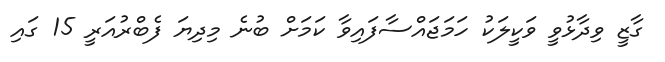
ގާޒީ ވިދާޅުވީ ވަކީލަކު ހަމަޖައްސާފައިވާ ކަމަށް ބުނެ މިދިޔަ ފެބްރުއަރީ 15 ގައި